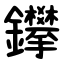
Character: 鑻